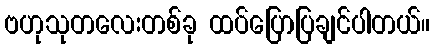
ဗဟုသုတလေးတစ်ခု ထပ်ပြောပြချင်ပါတယ်။